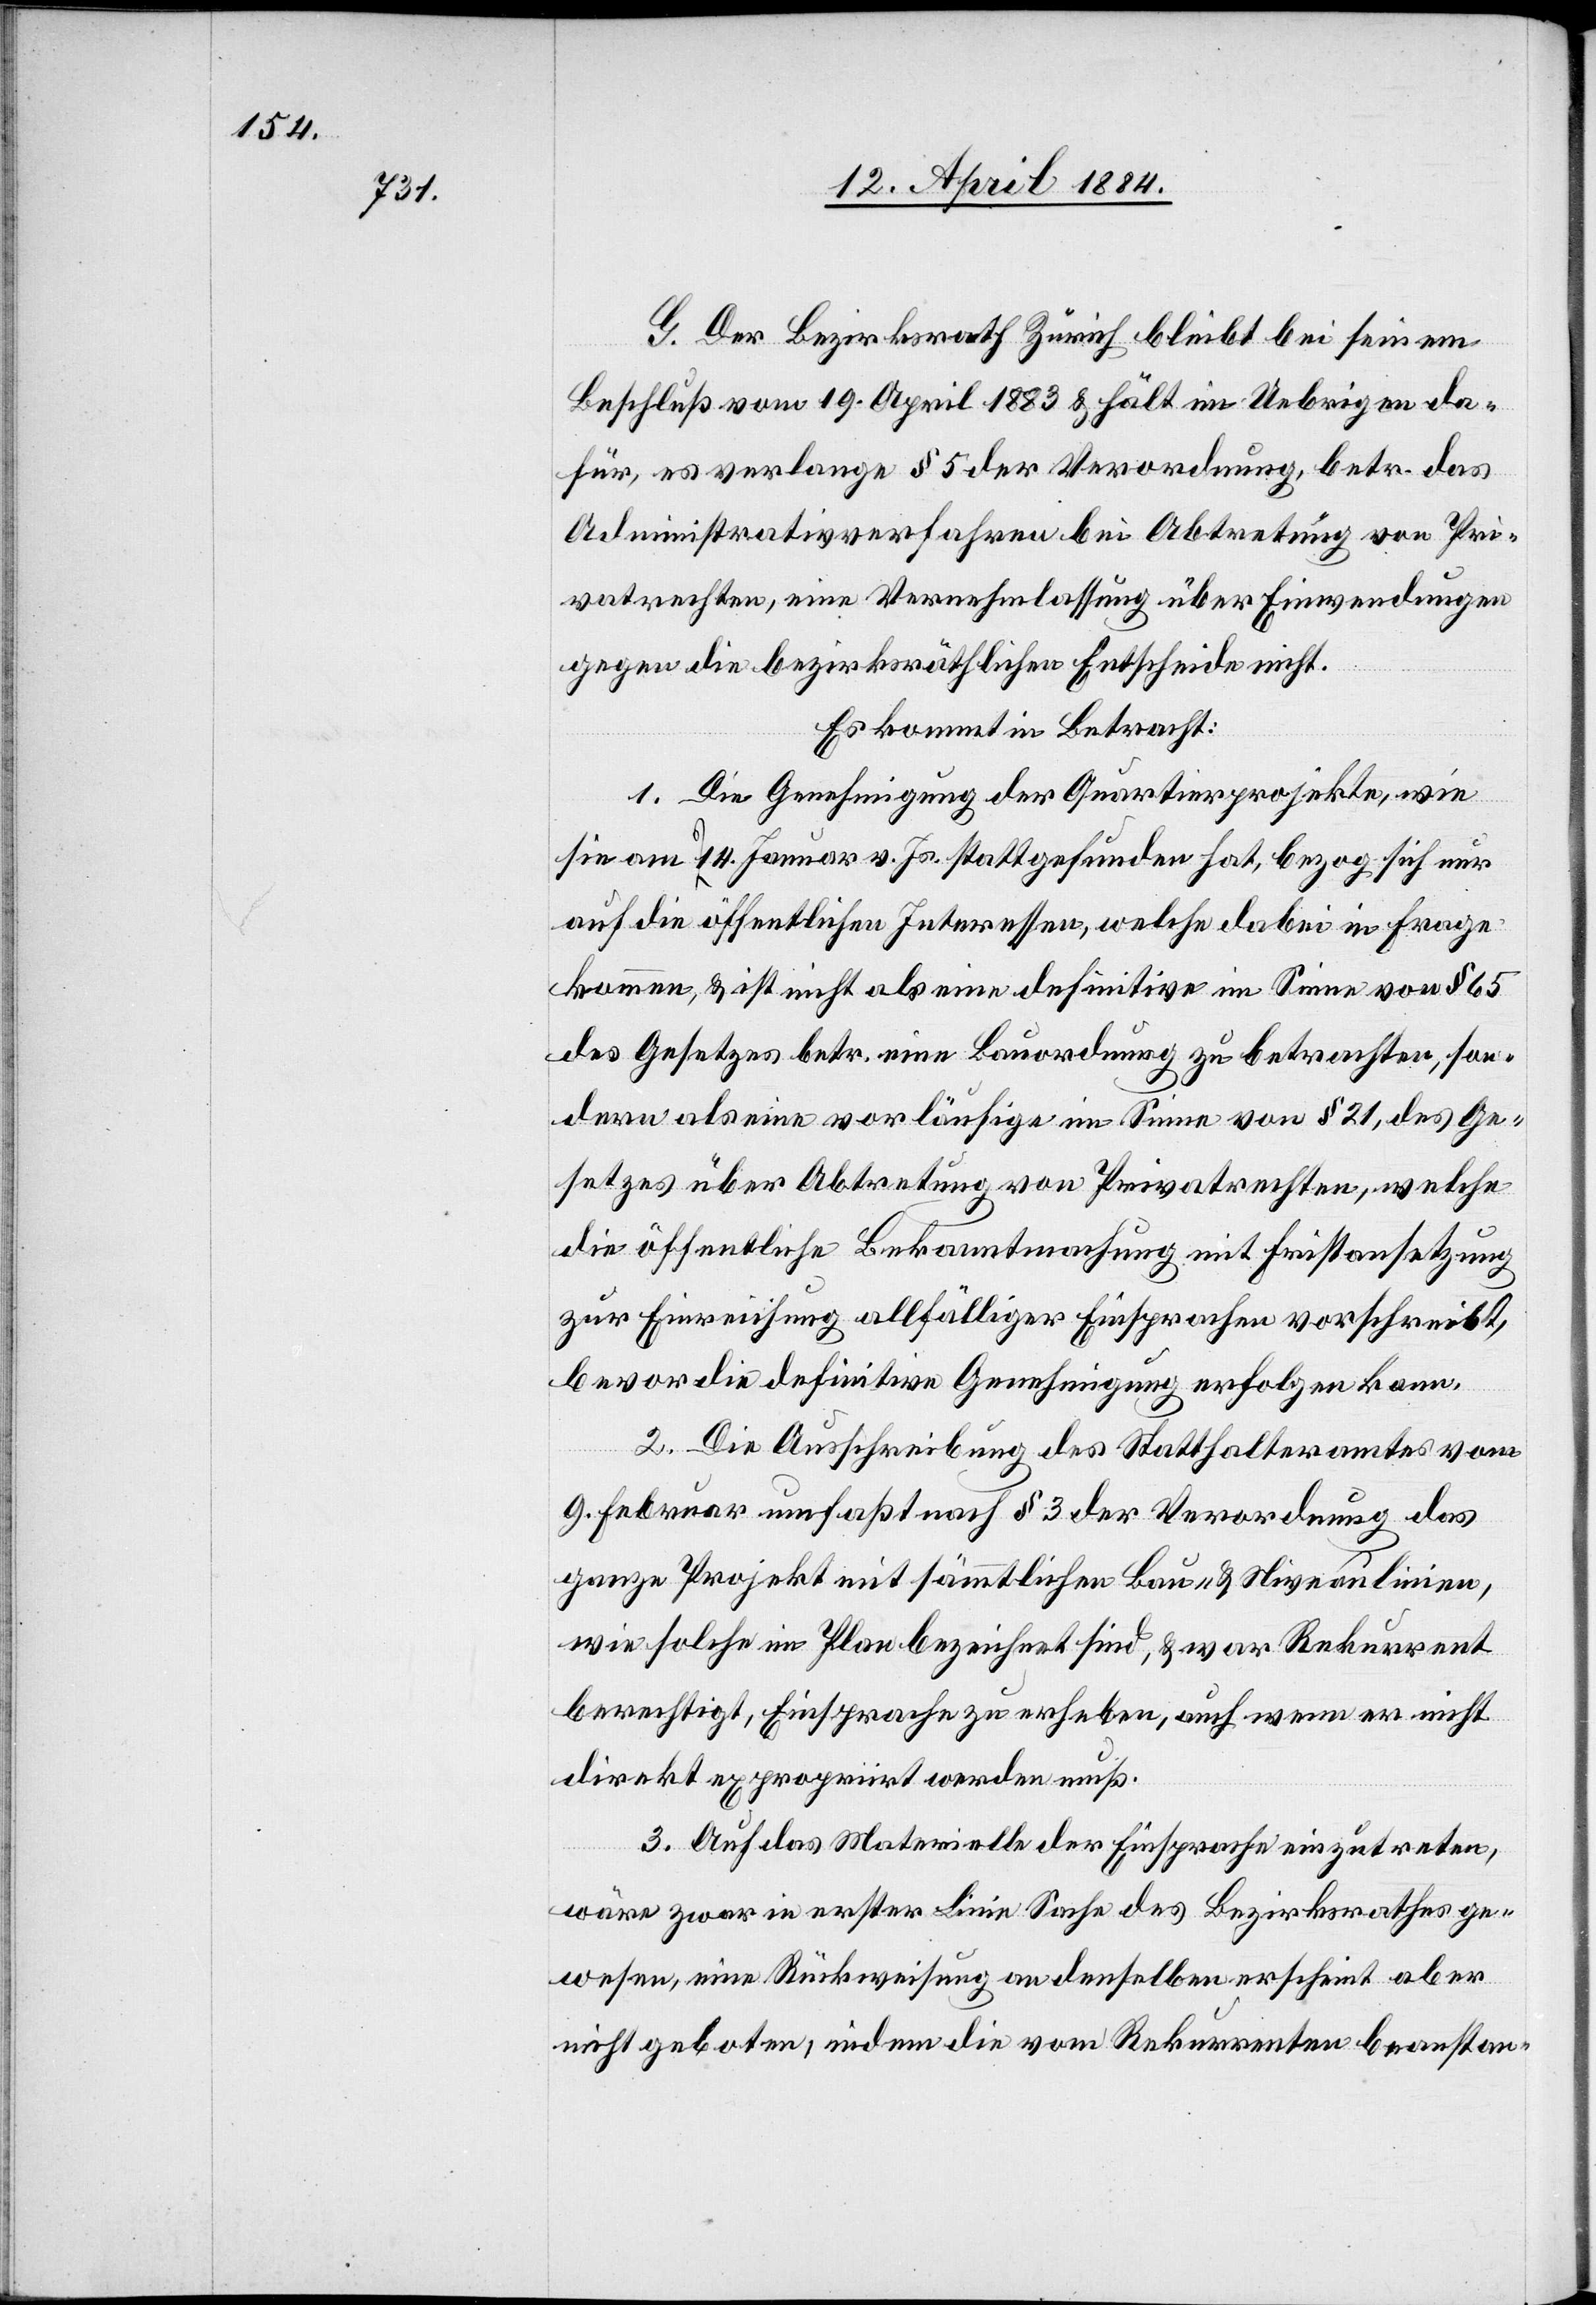
G. Der Bezirksrath Zürich bleibt bei seinem
Beschluß vom 19. April 1883 & hält im Uebrigen da¬
für, es verlange § 5 der Verordnung, betr. das
Administrativverfahren bei Abtretung von Pri¬
vatrechten, eine Vernehmlassung über Einwendungen
gegen die bezirksräthlichen Entscheide nicht.
Es kommt in Betracht:
1. Die Genehmigung der Quartierprojekte, wie
sie am 14. Januar v. Js. stattgefunden hat, bezog sich nur
auf die öffentlichen Interessen, welche dabei in Frage
kommen, & ist nicht als eine definitive im Sinne von § 65
des Gesetzes betr. eine Bauordnung zu betrachten, son¬
dern als eine vorläufige im Sinne von § 21, des Ge¬
setzes über Abtretung von Privatrechten, welche
die öffentliche Bekanntmachung mit Fristansetzung
zur Einreichung allfälliger einsprachen vorschreibt,
bevor die definitive Genehmigung erfolgen kann.
2. Die Ausschreibung des Statthalteramtes vom
9. Februar umfaßt nach § 3 der Verordnung das
ganze Projekt mit sämmtlichen Bau- & Niveaulinien,
wie solche im Plan bezeichnet sind, & war Rekurrent
berechtigt, Einsprache zu erheben, auch wenn er nicht
direkt expropriirt werden muß.
3. Auf das Materielle der Einsprache einzutreten,
wäre zwar in erster Linie Sache des Bezirksrathes ge¬
wesen, eine Rückweisung an denselben erscheint aber
nicht geboten, indem die vom Rekurrenten beanstan-